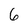
Character: 6